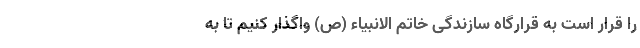
را قرار است به قرارگاه سازندگی خاتم الانبیاء (ص) واگذار کنیم تا به